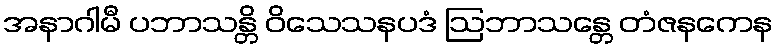
အနာဂါမီ ပဘာသန္တိ ဝိသေသနပဒံ ဩဘာသန္တေ တံဇနကေန